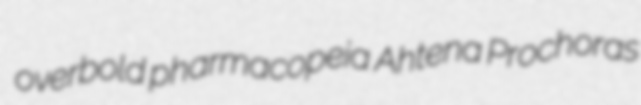
overbold pharmacopeia Ahtena Prochoras